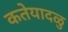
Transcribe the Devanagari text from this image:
कतेयादळु